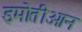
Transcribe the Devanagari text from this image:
इमोतीओन